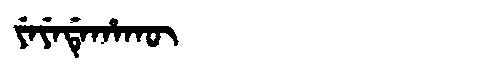
Manchu: ᠶᡝᠶᡝᡩᡝᡥᠠᡴᡡ
Romanization: YEYEDEHAKŪ